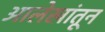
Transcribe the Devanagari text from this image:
आलेखांतून